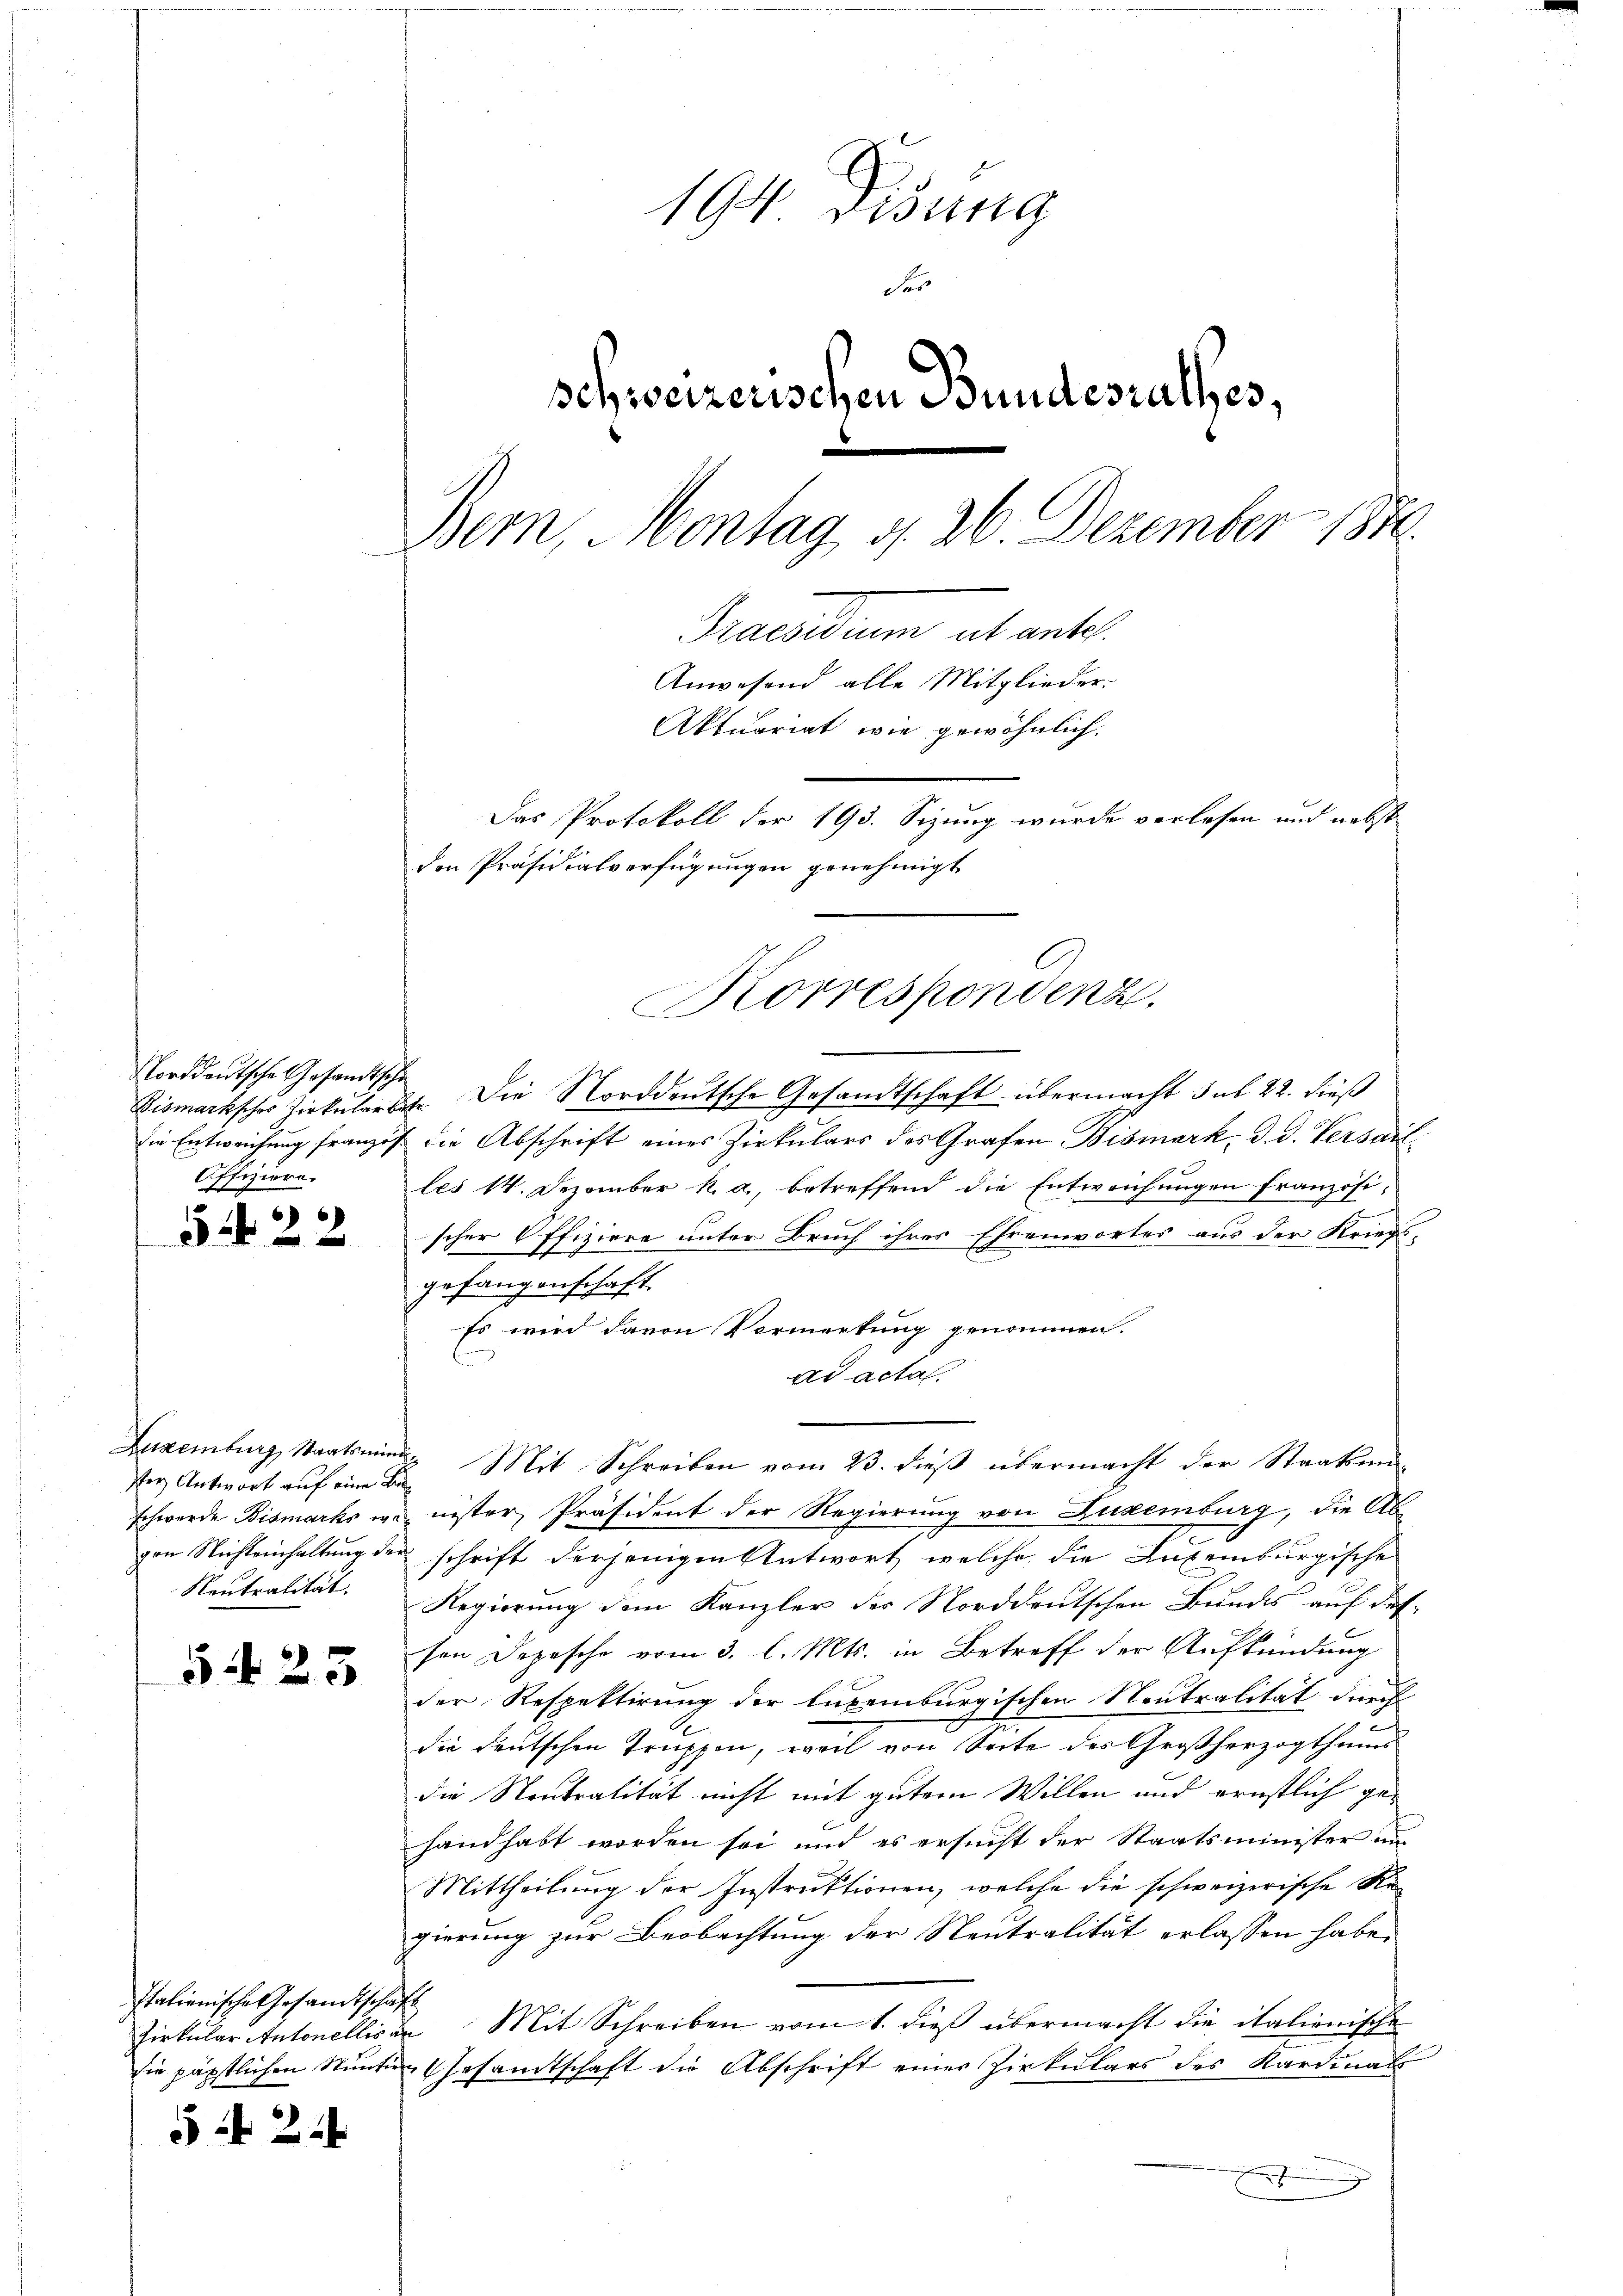
Norddeutsche Gesandtschi
Offiziere.

54. 22

ser Antwort auf eine Be¬
Neutralität.

5 f 23

Italienische Gesandtschaft

52

2

194 Disung
des
schweizerischen Bundesrathes,
Bern, Montag d. 26. Dezember 1870.
Praesidium absentl.
Anwesend alle Mitglieder.
Aktuariat wie gewöhnlich,
Das Protokoll der 193. Sizung wurde verlesen und nebst
den Präsidialverfügungen genehmigt

Bismarksches Zirkŭlartet. Die Norddeutsche Gesandtschaft übermacht sub 22. dieß
die Entweichung franzos die Abschrift eines Zirkulars des Grafen Bismark, d. d. Versau
les 14. Dezember k. a., betreffend die Entweichungen französischer Offiziere unter Bruch ihres Ehrenwortes aus der Kriegs-
gefangenschaft.
Es wird davon Vormerkung genommen.
ad actal.
Luxenburg, Staatsmini Mit Schreiben vom 23. dieβ übermacht der Staatsan-
schwerde Bismarks wenister, Präsident der Regierung von Luxenburg, die Abgen Nichteinhaltung der schrift derjenigen Antwort welche die Luxenburgische
Regierung dem Kanzler der Norddeutschen Bundes auf des
sen Depesche vom 3. l. Mts. in Betreff der Aufkündung
der Respektirung der luxenburgischen Neutralität durch
s
die deutschen Truppen, weil von Seite des Großherzogthums
die Neutralität nicht mit gutem Willen und ernstlich ge-
handhabt worden sei und es ersucht der Staatsminister un
Mittheilung der Instruktionen, welche die schweizerische Regierung zur Beobachtung der Neutralität erlassen habe.
Zirkular Antonelliser Mit Schreiben vom 1. dieß übermacht die italienische
die päpstlichen Stunden Gesandtschaft die Abschrift einer Zirkulars des Kardinals
.

Korrespondenz.